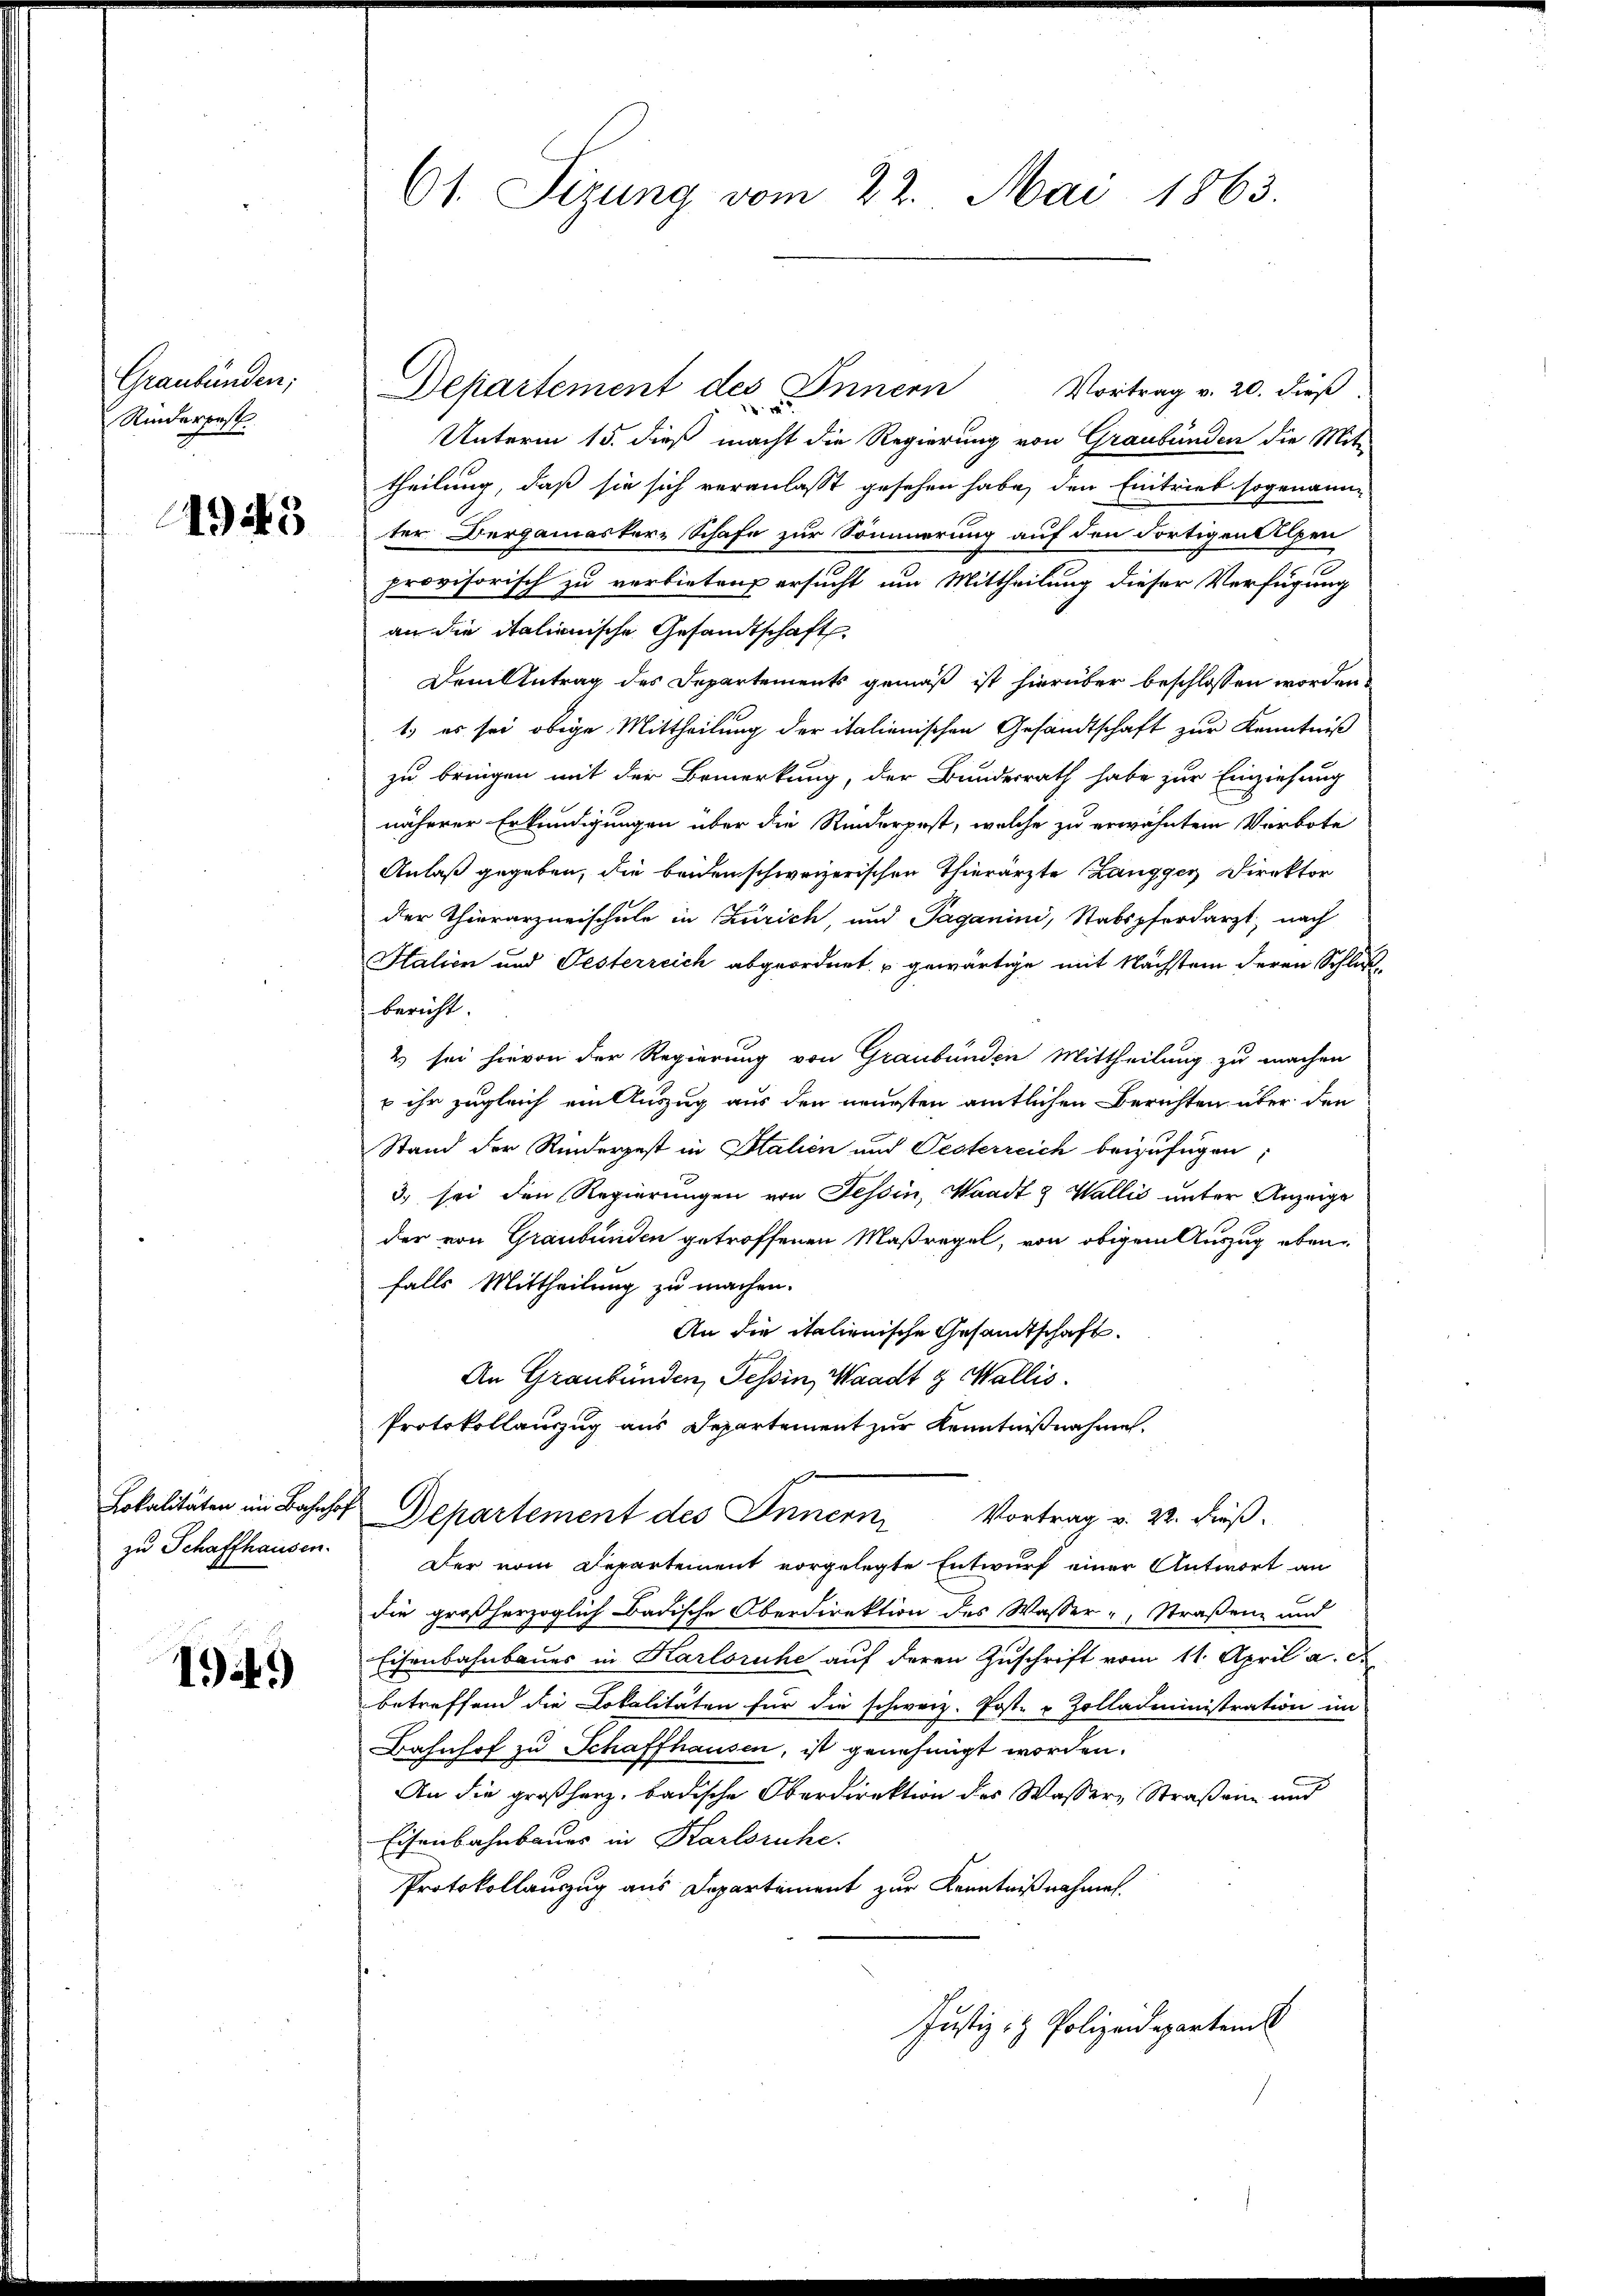
Graubünden;
Rinderpost

495

Lokalitäten im Bahnhof
zu Schaffhausen.

19.)

61. Sizung vom 22. Mai 1863.

Departement des Innern Vortrag v. 20. dieß
.
Unterm 15. dieß macht die Regierung von Graubünden die Mit-
theilung, daß sie sich veranlasst gesehen habe, den Eintrieb sogenann
ter Bergamaster-Schafe zur Sömmerung auf den dortigen Alpen
provisorisch zu verbieten ersucht um Mittheilung dieser Verfügung
an die italienische Gesandtschaft.
Dem Antrag des Departements gemäß ist hierüber beschlossen worden.
1) es sei obige Mittheilung der italienischen Gesandtschaft zur Kenntniß
zu bringen mit der Bemerkung, der Bundesrath habe zur Einziehung
näherer Erkundigungen über die Riederpost, welche zu erwähntem Verbote
Anlaß gegeben, die beiden schweizerischen Thierarzte Zangger Direktor
der Thierarzneischule in Zürich, und Paganini, Stabspferdarzt, nach
Italien und Festerreich abgeordnet u gewärtige mit Nächstein deren Schlußbericht.
2 sei hievon der Regierung von Graubünden Mittheilung zu machen
x ihr zugleich ein Auszug aus den neuesten amtlichen Berichten über den
Stand der Rinderpest in Italien und Pesterreich beizufügen
3. sei den Regierungen von Tessin, Waadt & Wallis unter Anzeige
der von Graubünden getroffenen Maßregel, von obigem Auszug eben
falls Mittheilung zu machen.
An die italienische Gesandtschaft.
An Graubünden, Tessin, Waadt & Wallis.
Protokollauszug aus Departement zur Kenntnißnahme.
Departement des Innern, Vortrag v. 22. dieß.
Der vom Departement vorgelegte Entwurf einer Antwort an
die großherzoglich Badische Oberdirektion des Wasser, Straßen und
Eisenbahnbaues in Karlsruhe auf deren Zuschrift vom 11. April a. c.
betreffend die Lokalitäten für die schweiz. Post- & Zolladministration im
Bahnhof zu Schaffhausen, ist genehmigt worden.
An die großherz, badische Oberdirektion des Wassere Straßene und
Eisenbahnbauer in Karlsruhe.
Protokollauszug aus Departement zur Kenntnißnahmen.
Justiz- & Polizeideparten